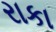
રાકા